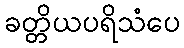
ခတ္တိယပရိသံပေ